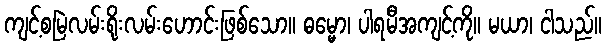
ကျင့်စမြဲလမ်းရိုးလမ်းဟောင်းဖြစ်သော။ ဓမ္မော၊ ပါရမီအကျင့်ကို။ မယာ၊ ငါသည်။